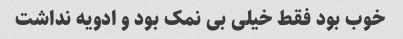
خوب بود فقط خیلی بی نمک بود و ادویه نداشت